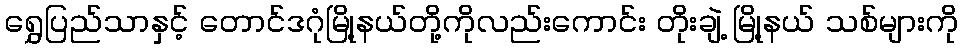
ရွှေပြည်သာနှင့် တောင်ဒဂုံမြို့နယ်တို့ကိုလည်းကောင်း တိုးချဲ့ မြို့နယ် သစ်များကို